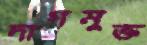
দাগমুক্ত